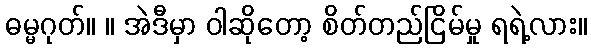
ဓမ္မဂုတ်။ ။ အဲဒီမှာ ဝါဆိုတော့ စိတ်တည်ငြိမ်မှု ရရဲ့လား။